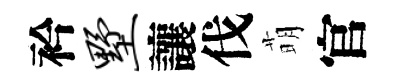
衿墅讓伐萌官